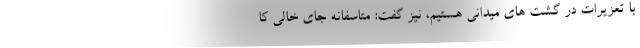
با تعزیرات در گشت های میدانی هستیم، نیز گفت: متاسفانه جای خالی کا